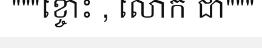
"""ខ្ចោះ , លោក ជា"""